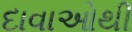
દાવાઓથી